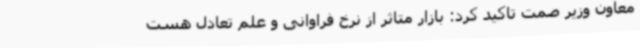
معاون وزیر صمت تاکید کرد: بازار متاثر از نرخ فراوانی و علم تعادل هست